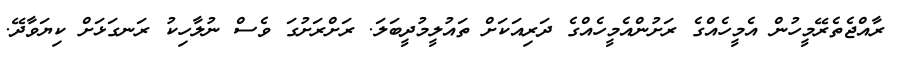
ރާއްޖެތެރޭމީހުން އެމީހެއްގެ ރަށުންއެމީހެއްގެ ދަރިއަކަށް ތައުލީމުދީބަލަ. ރަށްރަށުގަ ވެސް ނުލާހިކު ރަނގަޅަށް ކިޔަވާދޭ.